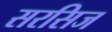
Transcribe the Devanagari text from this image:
सरसिज